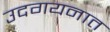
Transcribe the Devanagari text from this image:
उदगयनात